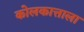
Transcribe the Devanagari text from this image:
कोलकात्ताला